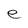
Character: e